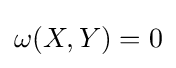
\omega (X,Y)=0